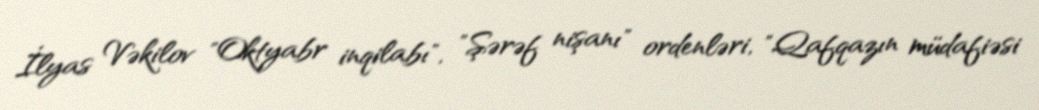
İlyas Vəkilov "Oktyabr inqilabı", "Şərəf nişanı" ordenləri, "Qafqazın müdafiəsi